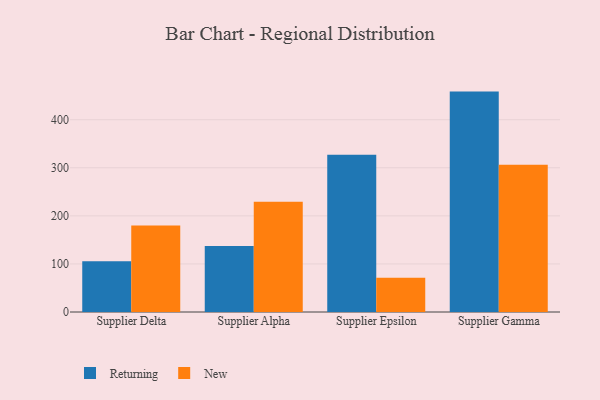
{"axis": {"x": "Supplier", "y": "Market Share (%)"}, "legend": ["New", "Returning"], "data": [{"x": "Supplier Delta", "y": 105.7, "type": "Returning"}, {"x": "Supplier Delta", "y": 180.0, "type": "New"}, {"x": "Supplier Alpha", "y": 137.3, "type": "Returning"}, {"x": "Supplier Alpha", "y": 229.4, "type": "New"}, {"x": "Supplier Epsilon", "y": 327.2, "type": "Returning"}, {"x": "Supplier Epsilon", "y": 71.1, "type": "New"}, {"x": "Supplier Gamma", "y": 458.5, "type": "Returning"}, {"x": "Supplier Gamma", "y": 306.2, "type": "New"}]}